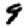
Digit: 9